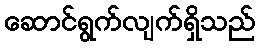
ဆောင်ရွက်လျက်ရှိသည်